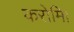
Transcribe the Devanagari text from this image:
करोमि।